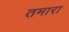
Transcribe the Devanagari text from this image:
तमारा